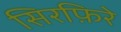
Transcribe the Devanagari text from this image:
सिरफ़िरे